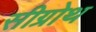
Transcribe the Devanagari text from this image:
सीग्रोथ